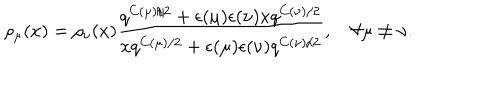
\rho _ { \mu } ( x ) = \rho _ { \nu } ( x ) \frac { q ^ { C ( \mu ) / 2 } + \epsilon ( \mu ) \epsilon ( \nu ) x q ^ { C ( \nu ) / 2 } } { x q ^ { C ( \mu ) / 2 } + \epsilon ( \mu ) \epsilon ( \nu ) q ^ { C ( \nu ) / 2 } } , ~ \forall \mu \neq \nu .